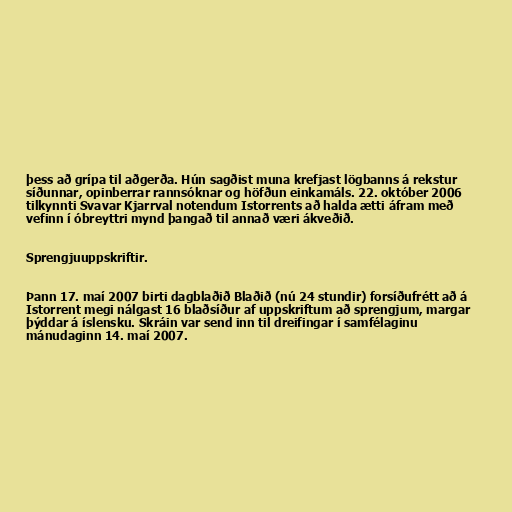
þess að grípa til aðgerða. Hún sagðist muna krefjast lögbanns á rekstur
síðunnar, opinberrar rannsóknar og höfðun einkamáls. 22. október 2006
tilkynnti Svavar Kjarrval notendum Istorrents að halda ætti áfram með
vefinn í óbreyttri mynd þangað til annað væri ákveðið.

Sprengjuuppskriftir.

Þann 17. maí 2007 birti dagblaðið Blaðið (nú 24 stundir) forsíðufrétt að á
Istorrent megi nálgast 16 blaðsíður af uppskriftum að sprengjum, margar
þýddar á íslensku. Skráin var send inn til dreifingar í samfélaginu
mánudaginn 14. maí 2007.